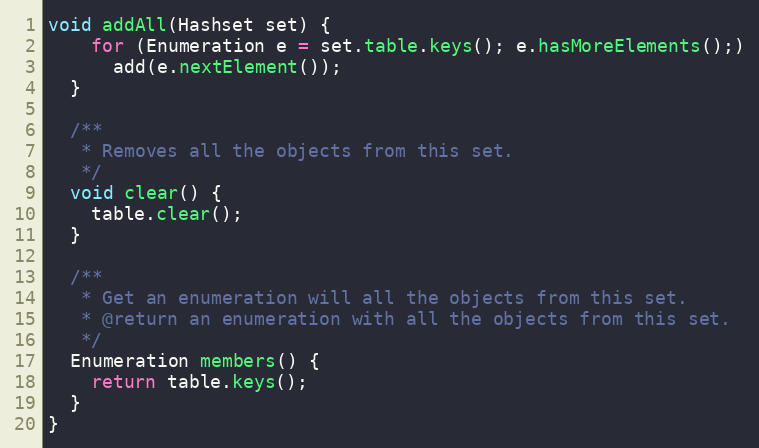
Language: Java
void addAll(Hashset set) {
    for (Enumeration e = set.table.keys(); e.hasMoreElements();)
      add(e.nextElement());
  }

  /**
   * Removes all the objects from this set.
   */
  void clear() {
    table.clear();
  }

  /**
   * Get an enumeration will all the objects from this set.
   * @return an enumeration with all the objects from this set.
   */
  Enumeration members() {
    return table.keys();
  }
}